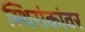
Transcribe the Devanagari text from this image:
स्थिरांकांवर